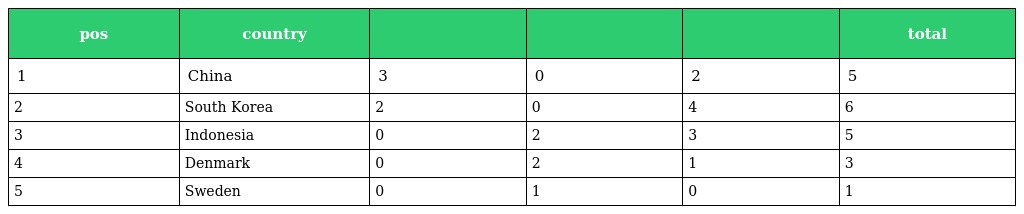
| pos | country |  |  |  | total |
 | --- | --- | --- | --- | --- | --- |
 | 1 | China | 3 | 0 | 2 | 5 |
 | 2 | South Korea | 2 | 0 | 4 | 6 |
 | 3 | Indonesia | 0 | 2 | 3 | 5 |
 | 4 | Denmark | 0 | 2 | 1 | 3 |
 | 5 | Sweden | 0 | 1 | 0 | 1 |